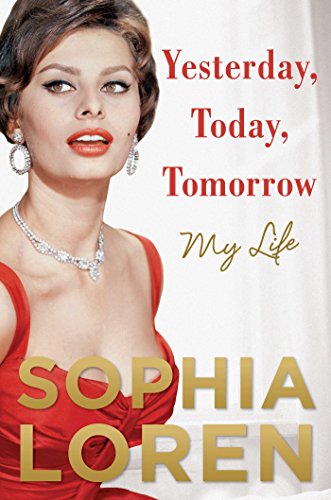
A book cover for Yesterday, Today, Tomorrow: My Life; Sophia Loren; Biographies & Memoirs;